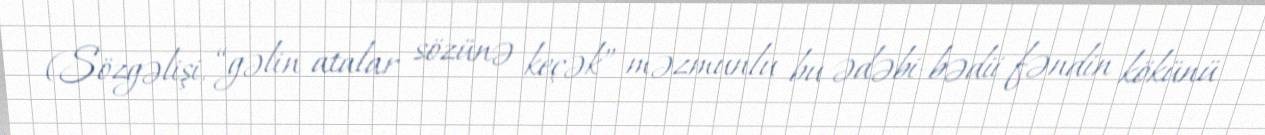
(Sözgəlişi, “gəlin atalar sözünə keçək” məzmunlu bu ədəbi-bədii fəndin kökünü